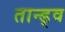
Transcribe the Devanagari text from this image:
तान्ड्व